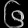
Digit: ၆